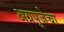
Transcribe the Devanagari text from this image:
अग्रपूजेचा